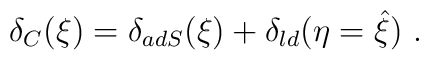
\delta_C(\xi)=\delta_{adS}(\xi)  +\delta_{ld}(\eta=\hat \xi)\ .